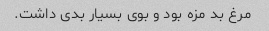
مرغ بد مزه بود و بوی بسیار بدی داشت.